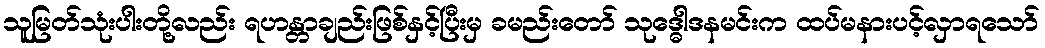
သူမြတ်သုံးပါးတို့လည်း ရဟန္တာချည်းဖြစ်နှင့်ပြီးမှ ခမည်းတော် သုဒ္ဓေါဒနမင်းက ထပ်မနားပင့်လှာရသော်